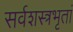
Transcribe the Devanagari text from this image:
सर्वशस्त्रभृतां